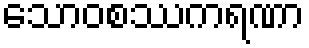
သောဝစဿကရဏာ